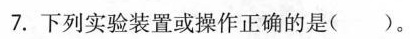
7.下列实验装置或操作正确的是( )。